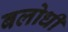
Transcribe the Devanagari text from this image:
बलोधी